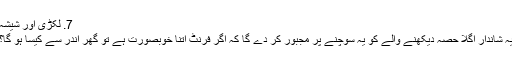
7. ​لکڑی اور شیشہ
یہ شاندار اگلا حصہ دیکھنے والے کو یہ سوچنے پر مجبور کر دے گا کہ اگر فرنٹ اتنا خوبصورت ہے تو گھر اندر سے کیسا ہو گا؟